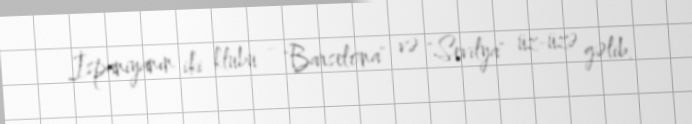
İspaniyanın iki klubu - "Barselona" və "Sevilya" üz-üzə gəlib.